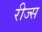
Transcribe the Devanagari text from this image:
रीज्स